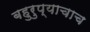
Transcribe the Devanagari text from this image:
बहुरुप्याचाच